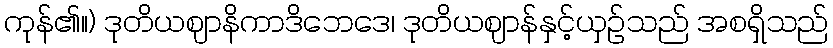
ကုန်၏။) ဒုတိယဈာနိကာဒိဘေဒေ၊ ဒုတိယဈာန်နှင့်ယှဉ်သည် အစရှိသည်